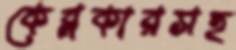
কেব্লকারসহ